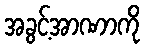
အခွင့်အာဏာကို